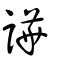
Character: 譁